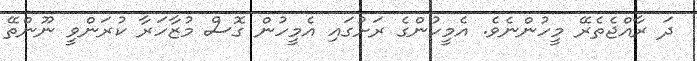
ދަ ރާއްޖެތެރޭ މީހުންނެވެ. އެމީހުންގެ ރަށުގައި އެމީހުން ގޮސް މުޒާހަރާ ކުރަންވީ ނޫންތޭ